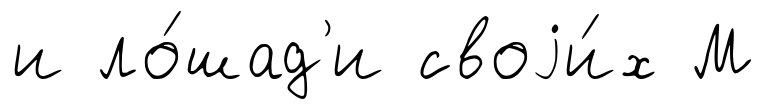
и ло́шад'и своjи́х М